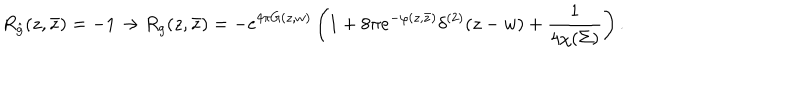
LaTeX: R _ { \hat { g } } ( z , \bar { z } ) = - 1 \to R _ { g } ( z , \bar { z } ) = - e ^ { 4 \pi G ( z , w ) } \left( 1 + 8 \pi e ^ { - \varphi ( z , \bar { z } ) } \delta ^ { ( 2 ) } ( z - w ) + { \frac { 1 } { 4 \chi ( \Sigma ) } } \right) .